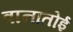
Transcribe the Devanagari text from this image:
वानातोई